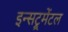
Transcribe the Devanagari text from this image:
इन्सट्रूमेंटल